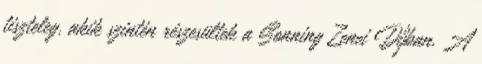
tiszteleg, akik szintén részesültek a Sonning Zenei Díjban. A